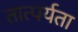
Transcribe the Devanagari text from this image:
तात्पर्यता